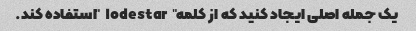
یک جمله اصلی ایجاد کنید که از کلمه "lodestar" استفاده کند.